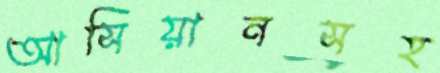
আসিয়ানসহ